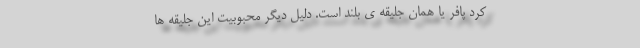
کرد پافر یا همان جلیقه ی بلند است. دلیل دیگر محبوبیت این جلیقه ها